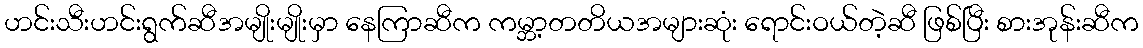
ဟင်းသီးဟင်းရွက်ဆီအမျိုးမျိုးမှာ နေကြာဆီက ကမ္ဘာ့တတိယအများဆုံး ရောင်းဝယ်တဲ့ဆီ ဖြစ်ပြီး စားအုန်းဆီက